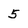
Character: 5